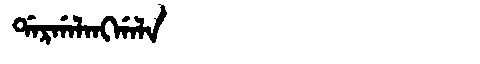
Manchu: ᡩᠠᡵᡤᠠᠯᠠᠩᡤᠠᠯᠠ
Romanization: DARGALANGGALA